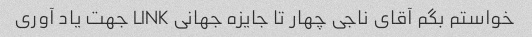
خواستم بگم آقای ناجی چهار تا جایزه جهانی LINK جهت یاد آوری